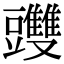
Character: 䝄